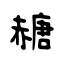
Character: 赯